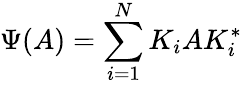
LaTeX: \Psi(A)=\sum_{i=1}^{N}K_{i}AK_{i}^{*}